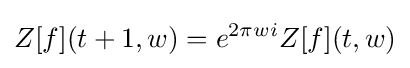
Z[f](t+1,w)=e^{2\pi wi}Z[f](t,w)